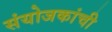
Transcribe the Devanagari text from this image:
संयोजकांची